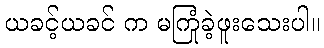
ယခင့်ယခင် က မကြုံခဲ့ဖူးသေးပါ။